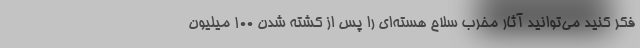
فکر کنید می‌توانید آثار مخرب سلاح هسته‌ای را پس از کشته شدن 100 میلیون